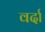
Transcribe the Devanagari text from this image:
वर्दा